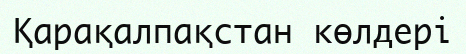
Қарақалпақстан көлдері